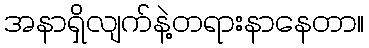
အနာရှိလျက်နဲ့တရားနာနေတာ။